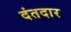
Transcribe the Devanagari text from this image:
दंतदार